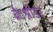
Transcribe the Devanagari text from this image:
ब्रेटश्नीडर